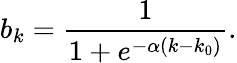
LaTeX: b_{k}=\frac{1}{1+e^{-\alpha(k-k_{0})}}.